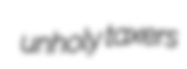
unholy taxers